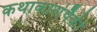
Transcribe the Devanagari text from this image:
कथाकारांपैकी